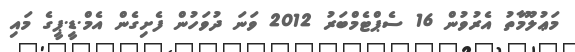
މަޢުލޫމާތު އެރުވުން 16 ސެޕްޓެމްބަރު 2012 ވަނަ ދުވަހުން ފެށިގެން އެމް.ޑީ.ޕީގެ މައި